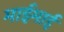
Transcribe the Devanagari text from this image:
माईमाई